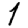
Digit: 1